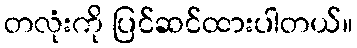
တလုံးကို ပြင်ဆင်ထားပါတယ်။